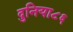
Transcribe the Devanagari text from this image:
दुनिया८६